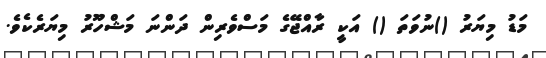
މަޑު މިޔަރު ()ނުވަތަ () އަކީ ރާއްޖޭގެ މަސްވެރިން ދަންނަ މަޝްހޫރު މިޔަރެކެވެ.